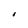
Character: I